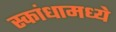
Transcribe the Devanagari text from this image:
स्कांधामध्ये